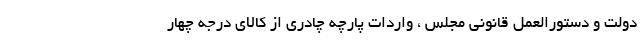
دولت و دستورالعمل قانونی مجلس ، واردات پارچه چادری از کالای درجه چهار